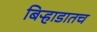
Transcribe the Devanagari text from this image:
बिऱ्हाडातच